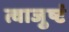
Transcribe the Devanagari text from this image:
त्वाजुष्टं